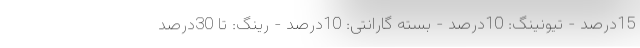
15درصد - تیونینگ: 10درصد - بسته گارانتی: 10درصد - رینگ: تا 30درصد